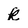
Character: k